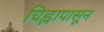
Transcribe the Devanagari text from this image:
चिह्नापासून